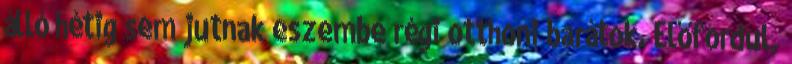
álló hétig sem jutnak eszembe régi otthoni barátok. Előfordul,